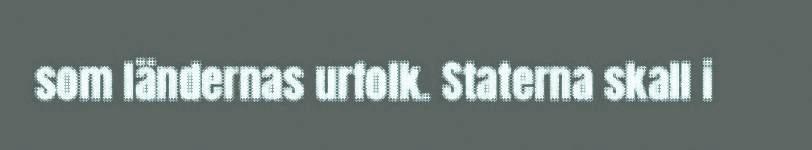
som ländernas urfolk. Staterna skall i